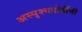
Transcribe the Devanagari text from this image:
अस्पृश्यद्रोहींनी